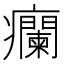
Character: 𬐁